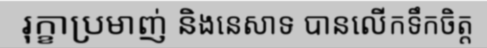
រុក្ខាប្រមាញ់ និងនេសាទ បានលើកទឹកចិត្ត